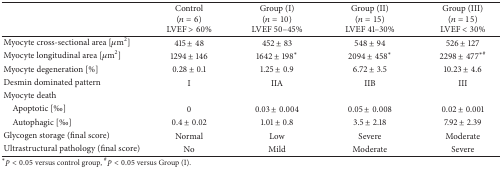
|  | Control (n = 6)LVEF > 60% | Group (I) (n = 10)LVEF 50–45% | Group (II) (n = 15)LVEF 41–30% | Group (III)(n = 15)LVEF < 30% |
 | --- | --- | --- | --- | --- |
 | Myocyte cross-sectional area [μm2] | 415 ± 48 | 452 ± 83 | 548 ± 94 | 526 ± 127 |
 | Myocyte longitudinal area [μm2] | 1294 ± 146 | 1642 ± 198∗ | 2094 ± 458∗ | 2298 ± 477∗# |
 | Myocyte degeneration [%] | 0.28 ± 0.1 | 1.25 ± 0.9 | 6.72 ± 3.5 | 10.23 ± 4.6 |
 | Desmin dominated pattern | I | IIA | IIB | III |
 | Myocyte death |  |  |  |  |
 | Apoptotic [‰] | 0 | 0.03 ± 0.004 | 0.05 ± 0.008 | 0.02 ± 0.001 |
 | Autophagic [‰] | 0.4 ± 0.02 | 1.01 ± 0.8 | 3.5 ± 2.18 | 7.92 ± 2.39 |
 | Glycogen storage (final score) | Normal | Low | Severe | Moderate |
 | Ultrastructural pathology (final score) | No | Mild | Moderate | Severe |